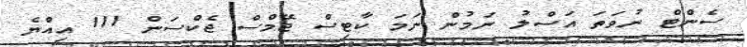
ސެންޓް ނުވަތަ އަސްލު ނަމުން ނަމަ ކާޓިސް ޖޭމްސް ޖެކްސަން 111 އިއްޔެ